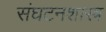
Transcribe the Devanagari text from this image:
संघटनशास्त्र